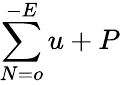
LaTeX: \sum\limits_{N=o}^{-E}u+P